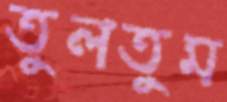
তুলতুম